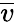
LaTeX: \overline{{{v}}}